Medical and sanitary report of the native army of Bengal for the year
Year: 1878
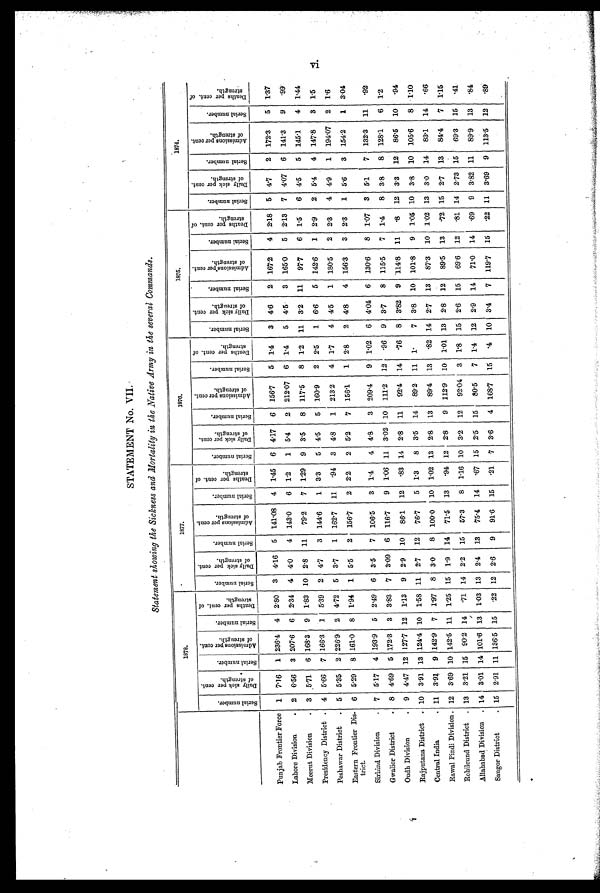
STATEMENT No. VII
Statement showing the Sickness and Mortality in the Native Army in the several Commands.
1878.
1877.
1876.
1875.
1874.
S e r i a l N u m b e r .
D a i l y S i c k p e r c e n t .
o f s t r e n g t h .
S e r i a l n u m b e r .
A d m i s s i o n s p e r c e n t .
o f S t r e n g t h .
S e r i a l n u m b e r .
D e a t h s p e r c e n t . o f
S t r e n g t h .
S e r i a l n u m b e r .
D a i l y S i c k p e r c e n t .
o f s t r e n g t h .
S e r i a l n u m b e r .
A d m i s s i o n s p e r c e n t .
o f s t r e n g t h .
S e r i a l n u m b e r .
D e a t h s p e r c e n t . o f
St r e ngt h.
S e r i a l n u m b e r .
D a i l y s i c k p e r c e n t .
o f s t r e n g t h .
S e r i a l n u m b e r .
A d m i s s i o n s p e r c e n t .
o f s t r e n g t h .
S e r i a l n u m b e r .
D e a t h s p e r c e n t . o f
s t r e ngt h.
S e r i a l n u m b e r .
D a i l y s i c k p e r c e n t .
o f s t r e n g t h .
S e r i a l n u m b e r .
A d m i s s i o n s p e r c e n t .
o f s t r e n g t h .
S e r i a l n u m b e r .
D e a t h s p e r c e n t . o f
s t r e n g t h .
S e r i a l n u m b e r .
D a i l y s i c k p e r c e n t .
o f s t r e n g t h .
S e r i a l n u m b e r .
A d m i s s i o n s p e r c e n t .
o f s t r e n g t h .
S e r i a l n u m b e r .
D e a t h s p e r c e n t . o f
s t r e n g t h .
Punjab Frontier Force 1 7.16 1 236.4 4 2.80 3 4.16 5 141.08 4 1.45 6 4.17 6 156.7
5 1.4
3 4.6
2 167.2
4 2.18 5 4.7
2 172.3
5 1.37
Lahore Division
. 2 6.56 3 207.6 6 2.34 4 4.0
4 143.0
6 1.2
1 5.4
2 212.07 6 1.4
5 4.5
3 165.0
5 2.13 7 4.07 6 141.3
9 .99
Meerut Division
. 3 5.71 6 168.3 9 1.83 10 2.8 11
79.2
7 1.29 9 3.5
8 117.5
8 1.2 11 3.2 11
97.7
6 1.5
6 4.5
5 145.1
4 1.44
Presidency District . 4 5.66 7 166.3 1 5.39 2 4.7
3 144.6
1 3.3
5 4.5
5 160.9
2 2.5
1 6.6
5 142.6
1 2.9
2 5.4
4 147.8
3 1.5
Peshawar District . 5 5.35 2 226.9 2 4.72 5 3.7
1 162.7 11
. 94 3 4.8
1 213.2
4 1.7
4 4.5
1 180.5
2 2.3
4 4.9
1 194.07
2 1.6
Eastern Frontier Dis-
trict.
6 5.29 8 161.0 8 1.94 1 5.5
2 156.7
2 2.2 2 5.2 7 156.1
1 2.8
2 4.8
4 156.3
3 2.3
1 5.6
3 154.2
1 3.04
Sirhind Division
. 7 5.17 4 193.9 5 2.49 6 3.5
7 106.5
3 1.4
4 4.8
3 209.4
9 1.02 6 4.04 6 130.6
8 1.07 3 5.1
7 132.3 11 .92
Gwalior District
. 8 4.69 5 172.3 3 3.83 7 3.09 6 116.7
9 1.06 11 3.02 10 111.2
12
. 96 9 3.7
8 115.5
7 1.4
8 3.8
8 128.1
6 1.2
Oudh Division
. 9 4.47 12 127.7 12 1.13 9 2.9 10
86.1 12 .83 14 2.8 11
92.4 14
. 7 6 8 3.82 9 .114.8 11
. 8 12 3.3 12
86.5 10
.94
Rajputana District . 10 3.91 13 124.4 10 1.58 11 2.7 12
76.' 7
5 1.3
8 3.5 14
89.2 11 1.
7 3.8 10 101.8
9 1.05 10 3.8 10 105.6
8 1.10
Central India
. 11 3.91 9 142.9 7 1.97 8 3.0
8 100.0 10 1.02 13 2.8 13
89.4 13
. 8 2 14 2.7 13
87.3
10 1.02 13 3.0 14
83.1 14 .66
Rawal Pindi Division . 12 8.69 10 142.5 11 1.25 15 1.9 14 71.5 13 .94 12 2.8
9 112.9 10 1.01 13 2-8 12
89.5 13
.72 15 2.7 13
84.4
7 1.15
Rohilcund District . 13 3.21 15 90.2 14
.71 14 2.2 15
57.3
8 1.16 10 3.2 12
92.04 3 1.8 15 2.6 15
69.6 12 .81 14 2.73 15
69.3 15 .41
Allahabad Division . 14 3.01 14 101.6 13 1.03 13 2.4 13
75.4 14 .67 15 2.5 15
80.5
7 1.4 12 2.9 14
71.0 14 .69 9 3.82 11
89.9 13 .84
Saugor District
.
15 2.91 11 136.5 15 .22 12 2.6
9
91.6 15 .21
7 3.6
4 168.7 15 .4 10 3.4
7 119.7 15
.22 11 3.69 9 1135 12 .89